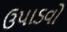
ઉપાડવો